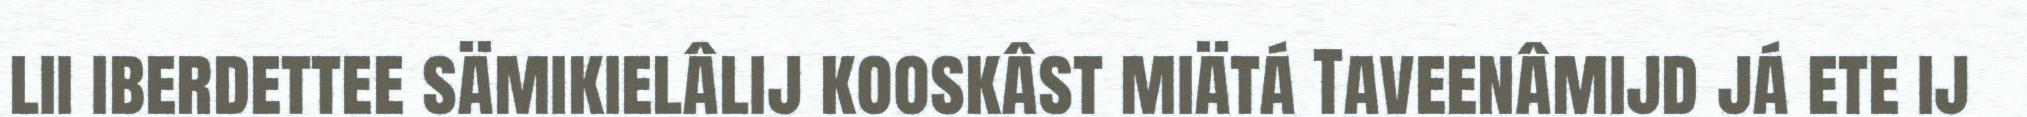
lii iberdettee sämikielâlij kooskâst miätá Taveenâmijd já ete ij